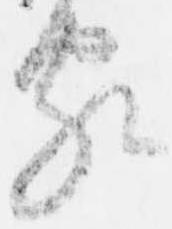
家